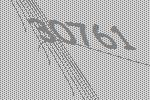
30761